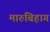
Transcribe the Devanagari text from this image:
मारुबिहाग